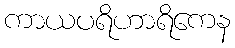
ကာယပရိဟာရိကေန